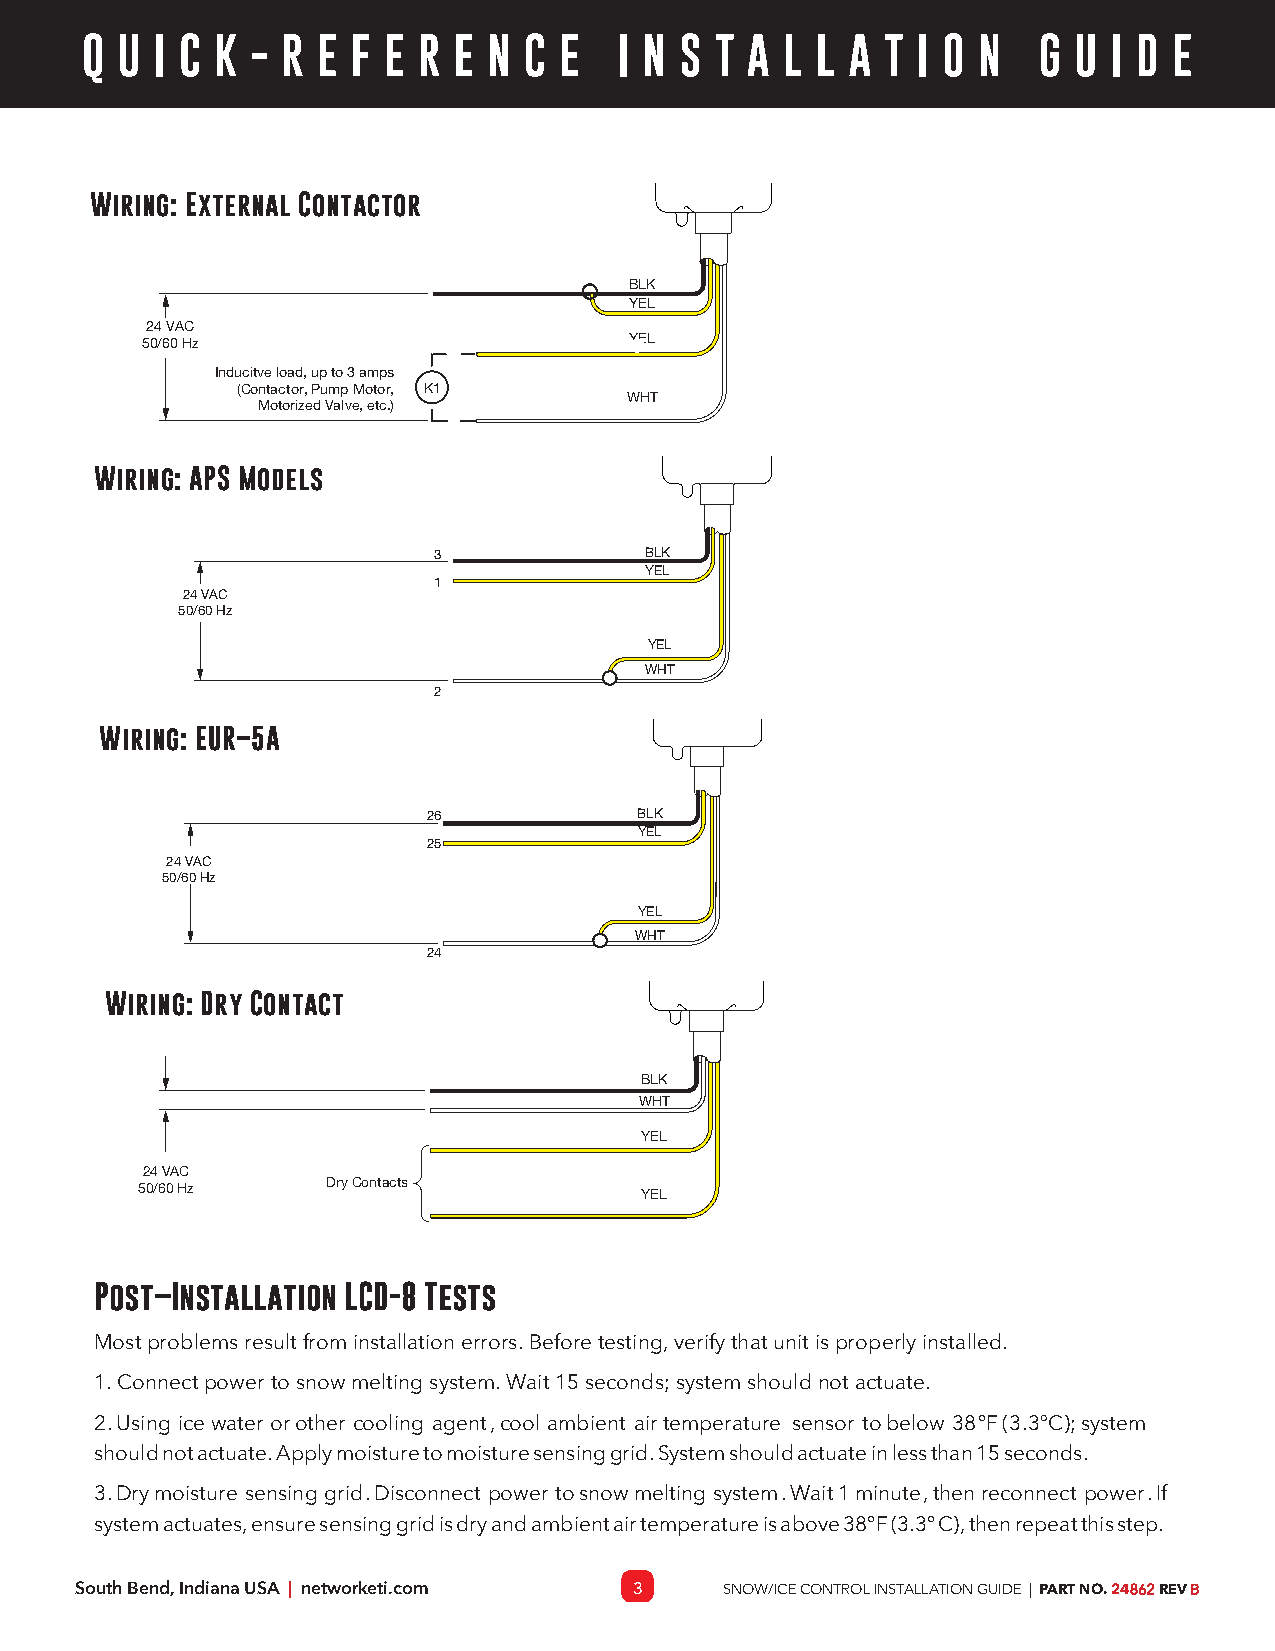
Wiring: External Contactor
 BLK
 YEL
 24 VAC
 50/60 H z                        YEL
 Inducitve lo ad, u p to 3 a mp s
 (Contactor, Pump M otor, K 1
 WHT
 Motorized Valve, etc.)
 Wiring: APS Models
 3             BLK
 YEL
 1
 24 VAC
 50/60 Hz
 YEL
 WHT
 2
 Wiring: EUR–5A
 26            BLK
 YEL
 25
 24 V AC
 50/60 Hz
 YEL
 WHT
 24
 Wiring: Dry Contact
 BLK
 WHT
 YEL
 24 VAC
 50/60 Hz     D ry Contacts       YEL
 Po st–Ins talla ti on LC D-8 Te sts
 Mostproblemsresultfrominstallationerrors.Beforetesting,verifythatunitisproperlyinstalled.
 1.Connectpowertosnowmeltingsystem.Wait15seconds;systemshouldnotactuate.
 2.Using icewater orother cooling agent,coolambient airtemperature sensor tobelow 38°F(3.3ºC);system
 shouldnotactuate.Applymoisturetomoisturesensinggrid.Systemshouldactuateinlessthan15seconds.
 3.Drymoisture sensing grid.Disconnect powertosnowmelting system.Wait1minute,thenreconnect power.If
 systemactuates,ensuresensinggridisdryandambientairtemperatureisabove38°F(3.3°C),thenrepeatthisstep.
 South Bend, Indiana USA | networketi.com 3 SNOW/ICE CONTROL INSTALLATION GUIDE | PART NO. 24862 REV B